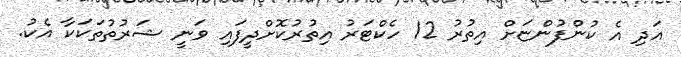
އަދި އެ ކުންފުންޏަށް އިތުރު 12 ހެކްޓަރު އިތުރުކޮށްދީފައި ވަނީ ޝަރުތުތަކަކާ އެކު.